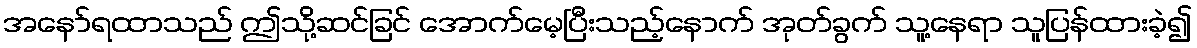
အနော်ရထာသည် ဤသို့ဆင်ခြင် အောက်မေ့ပြီးသည့်နောက် အုတ်ခွက် သူ့နေရာ သူပြန်ထားခဲ့၍